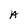
Character: A